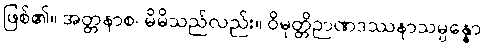
ဖြစ်၏။ အတ္တနာစ၊ မိမိသည်လည်း။ ဝိမုတ္တိဉာဏဒဿနာသမ္ပန္နော၊